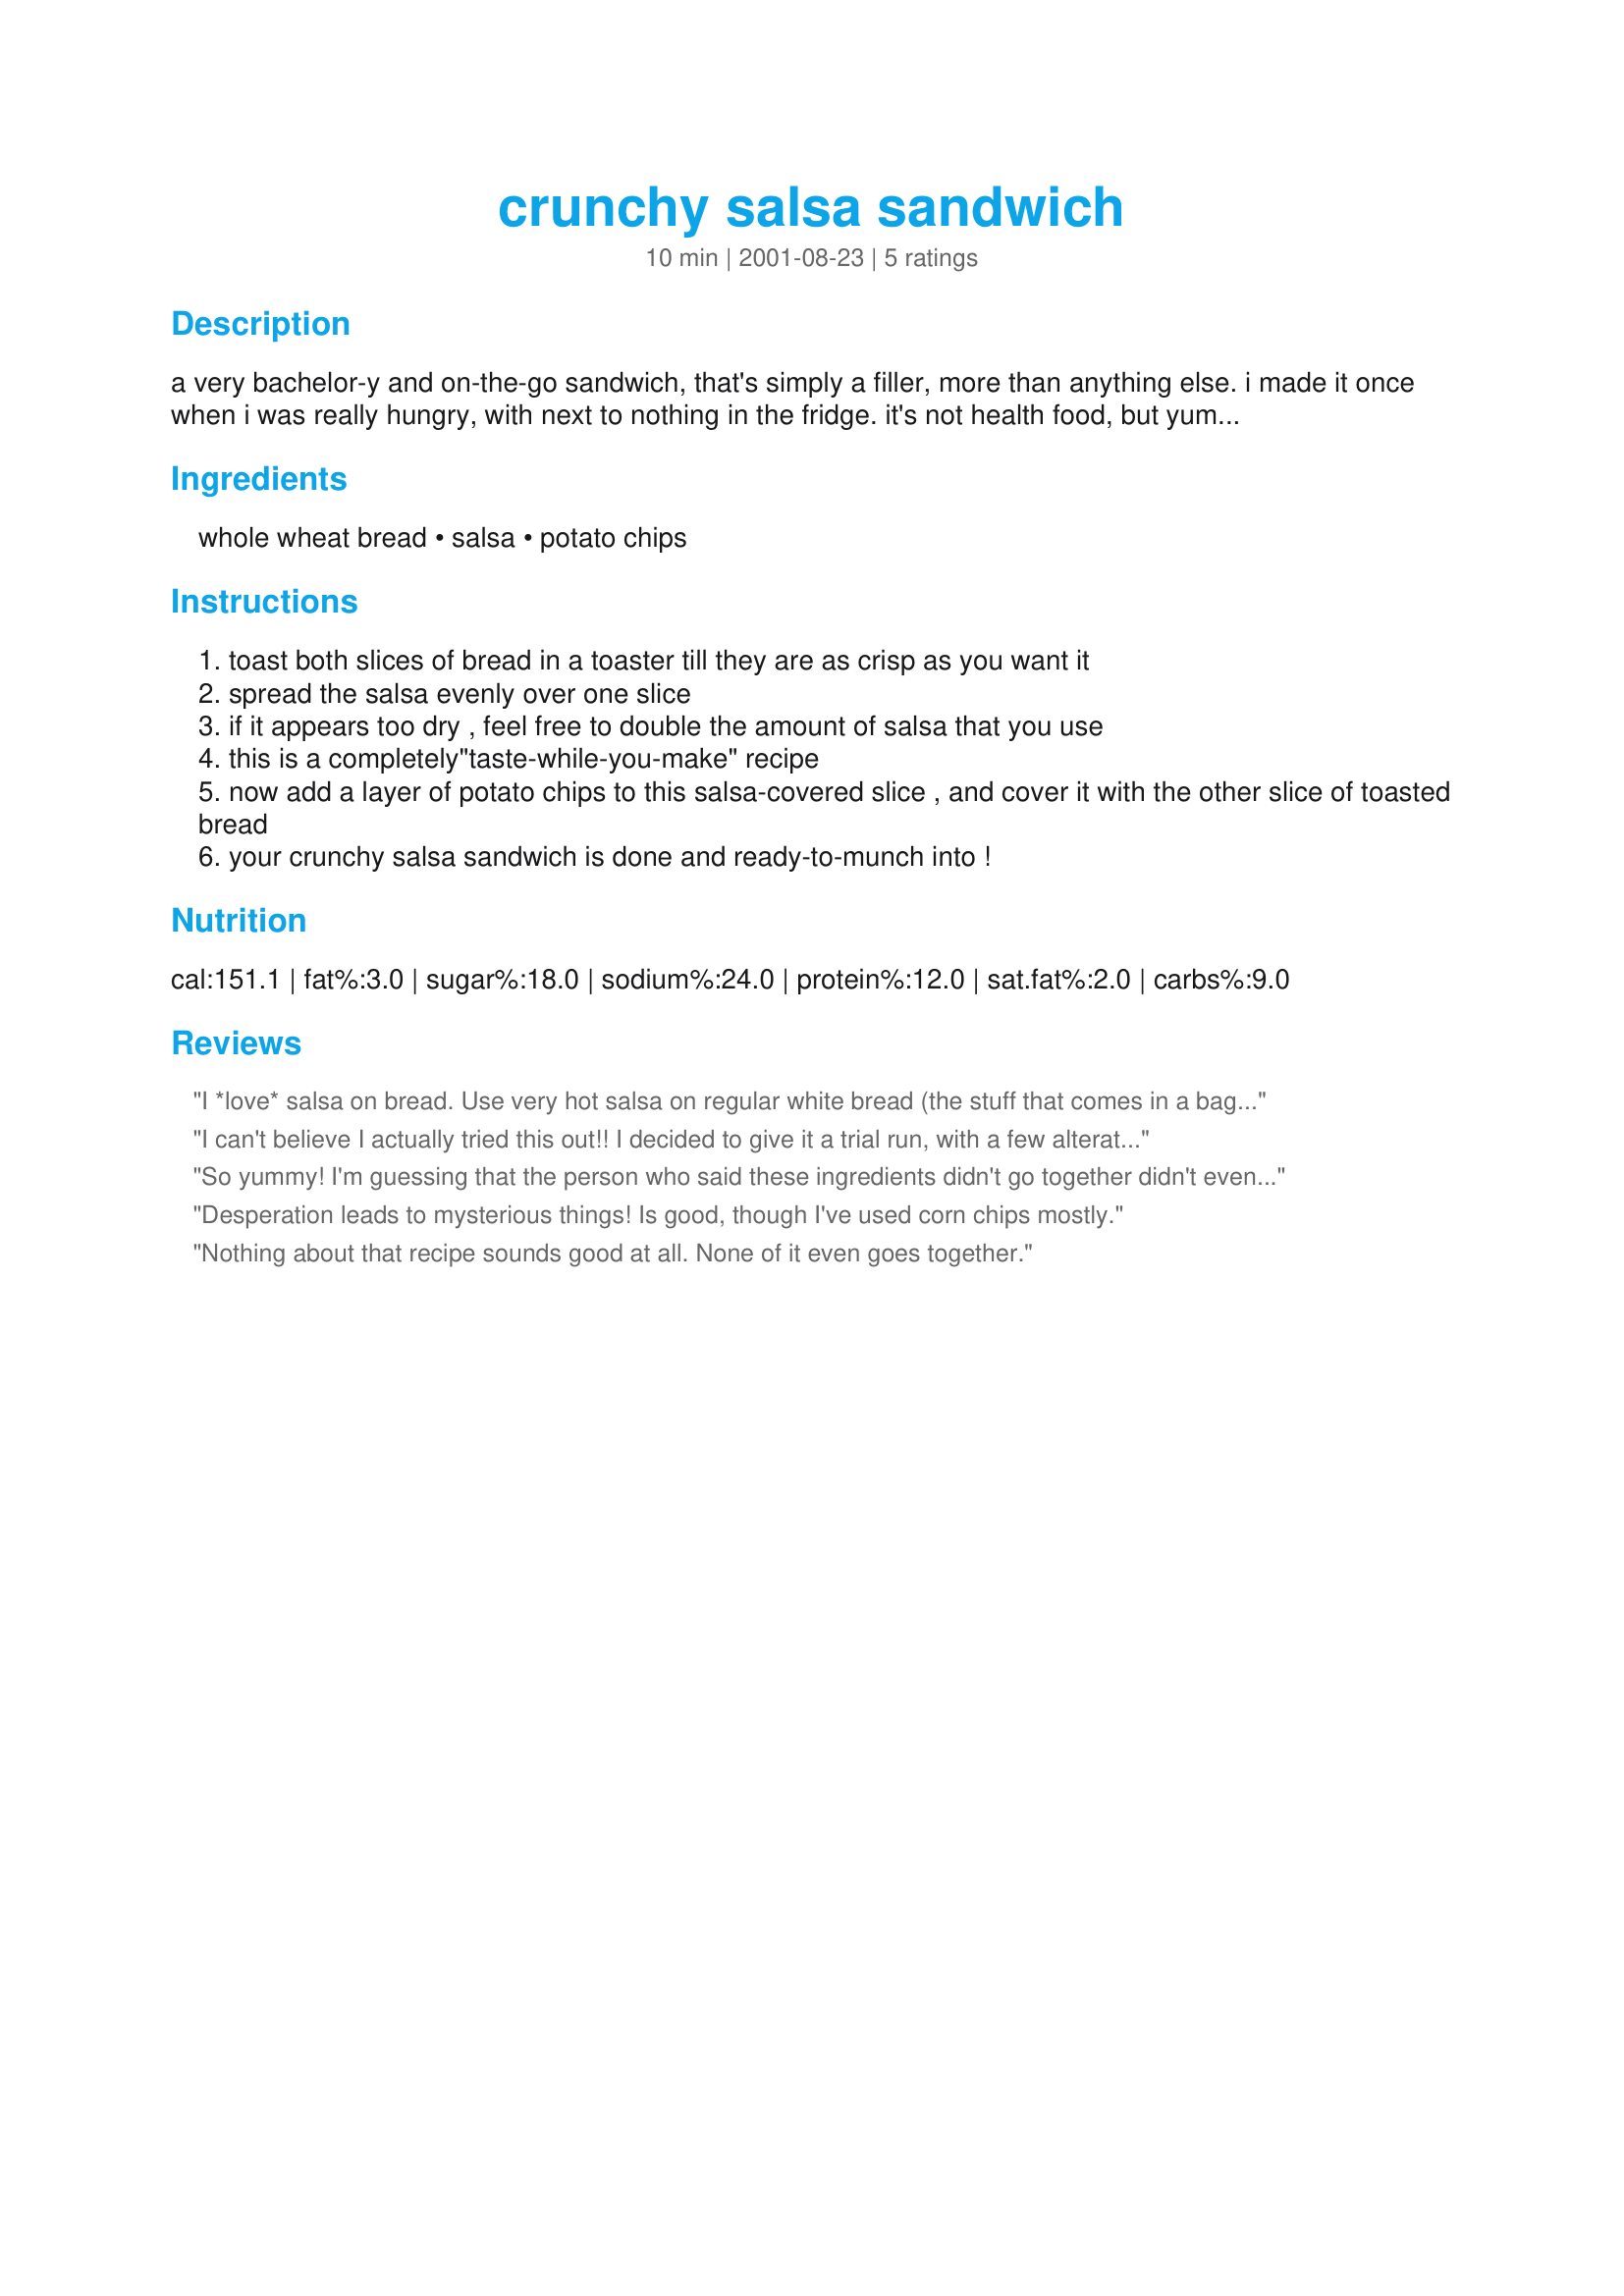
crunchy salsa sandwich
Preparation time: 10 minutes

a very bachelor-y and on-the-go sandwich, that's simply a filler, more than anything else. i made it once when i was really hungry, with next to nothing in the fridge. it's not health food, but yummy enough to make up for it :-)

Ingredients:
whole wheat bread, salsa, potato chips

Steps:
toast both slices of bread in a toaster till they are as crisp as you want it
spread the salsa evenly over one slice
if it appears too dry , feel free to double the amount of salsa that you use
this is a completely"taste-while-you-make" recipe
now add a layer of potato chips to this salsa-covered slice , and cover it with the other slice of toasted bread
your crunchy salsa sandwich is done and ready-to-munch into !

Reviews:
I *love* salsa on bread. Use very hot salsa on regular white bread (the stuff that comes in a bag!), forget the top slice of bread and eat. It's great when you have a cold and need something hot and spicy to unclog your nose but you dont want to be stuck on soup all the time!
I can't believe I actually tried this out!! I decided to give it a trial run, with a few alterations: (this is the smooth salsa sandwich version, I didn't have any chips)
I laid out 2 pieces of fresh italian bread. On both sides I put the salsa, and added a combo of grated american/pepperjack cheese. On one side I placed thinly sliced red onions and cherry tomatoes, and on the other side a sizzling row of Trappey's jalapeno slices (the best in the world). I stuck it all together and toasted it in the oven. 10 minutes later, I had a rather interesting looking sandwich sitting in front of me.
The flavor was, well, good. But it was very, very messy: each bite sent salsa squirting every which way. While it filled my gnawing hunger, it didn't last too long. I was *starving* 2 hours later!

This would probably be really good with a tortilla shell. The bread just doesn't make a great holder for salsa. 

Cute idea, though!
So yummy! I'm guessing that the person who said these ingredients didn't go together didn't even try it out. I used kettle baked jalapeno potato chips, my favorite homemade salsa recipe and a really crusty bread. This is my little "cheat" during the week. Thanks for the post!
Desperation leads to mysterious things! 

Is good, though I've used corn chips mostly.
Nothing about that recipe sounds good at all. None of it even goes together.
